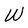
Character: W